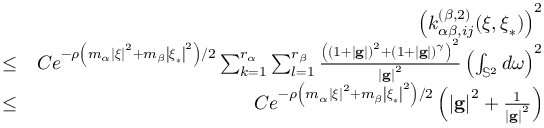
\begin{array} { r l r } & { } & { \left( k _ { \alpha \beta , i j } ^ { \left( \beta , 2 \right) } ( \boldsymbol { \xi } , \boldsymbol { \xi } _ { \ast } ) \right) ^ { 2 } } \\ & { \leq } & { C e ^ { - \rho \left( m _ { \alpha } \left\vert \boldsymbol { \xi } \right\vert ^ { 2 } + m _ { \beta } \left\vert \boldsymbol { \xi } _ { \ast } \right\vert ^ { 2 } \right) / 2 } \sum _ { k = 1 } ^ { r _ { \alpha } } \sum _ { l = 1 } ^ { r _ { \beta } } \frac { \left( \left( 1 + \left\vert \mathbf { g } \right\vert \right) ^ { 2 } + \left( 1 + \left\vert \mathbf { g } \right\vert \right) ^ { \gamma } \right) ^ { 2 } } { \left\vert \mathbf { g } \right\vert ^ { 2 } } \left( \int _ { \mathbb { S } ^ { 2 } } d \boldsymbol { \omega } \right) ^ { 2 } } \\ & { \leq } & { C e ^ { - \rho \left( m _ { \alpha } \left\vert \boldsymbol { \xi } \right\vert ^ { 2 } + m _ { \beta } \left\vert \boldsymbol { \xi } _ { \ast } \right\vert ^ { 2 } \right) / 2 } \left( \left\vert \mathbf { g } \right\vert ^ { 2 } + \frac { 1 } { \left\vert \mathbf { g } \right\vert ^ { 2 } } \right) } \end{array}